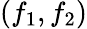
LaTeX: (f_{1},f_{2})